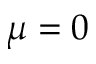
\mu = 0